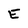
Character: E